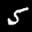
Label: 5